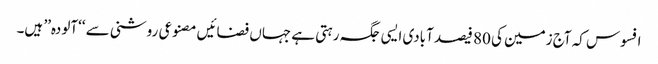
افسوس کہ آج زمین کی 80 فیصد آبادی ایسی جگہ رہتی ہے جہاں فضائیں مصنوعی روشنی سے ‘‘آلودہ’’ ہیں۔